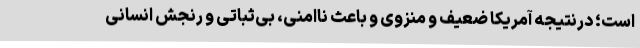
است؛ درنتیجه آمریکا ضعیف و منزوی و باعث ناامنی، بی‌ثباتی و رنجش انسانی